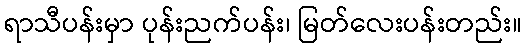
ရာသီပန်းမှာ ပုန်းညက်ပန်း၊ မြတ်လေးပန်းတည်း။